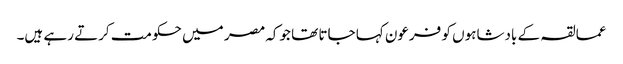
عمالقہ کے بادشاہوں کو فرعون کہا جاتا تھا جوکہ مصر میں حکومت کرتے رہے ہیں۔